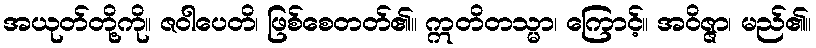
အယုတ်တို့ကို။ ဇဝါပေတိ၊ ဖြစ်စေတတ်၏။ ဣတိတသ္မာ၊ ကြောင့်။ အဝိဇ္ဇာ၊ မည်၏။